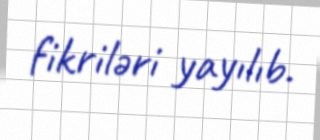
fikriləri yayılıb.